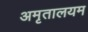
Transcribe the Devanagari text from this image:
अमृतालयम